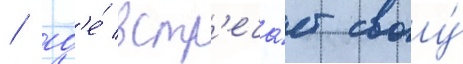
/ гд'е́ встр'еча́ет своу́